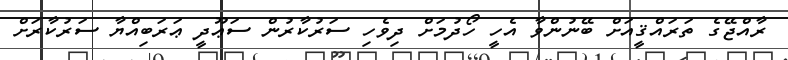
ރާއްޖޭގެ ތަރައްޤީއަށް ބޭނުންވާ އެހީ ހޯދުމަށް ދިވެހި ސަރުކާރުން ސަޢޫދީ ޢަރަބިއްޔާ ސަރުކާރަށް